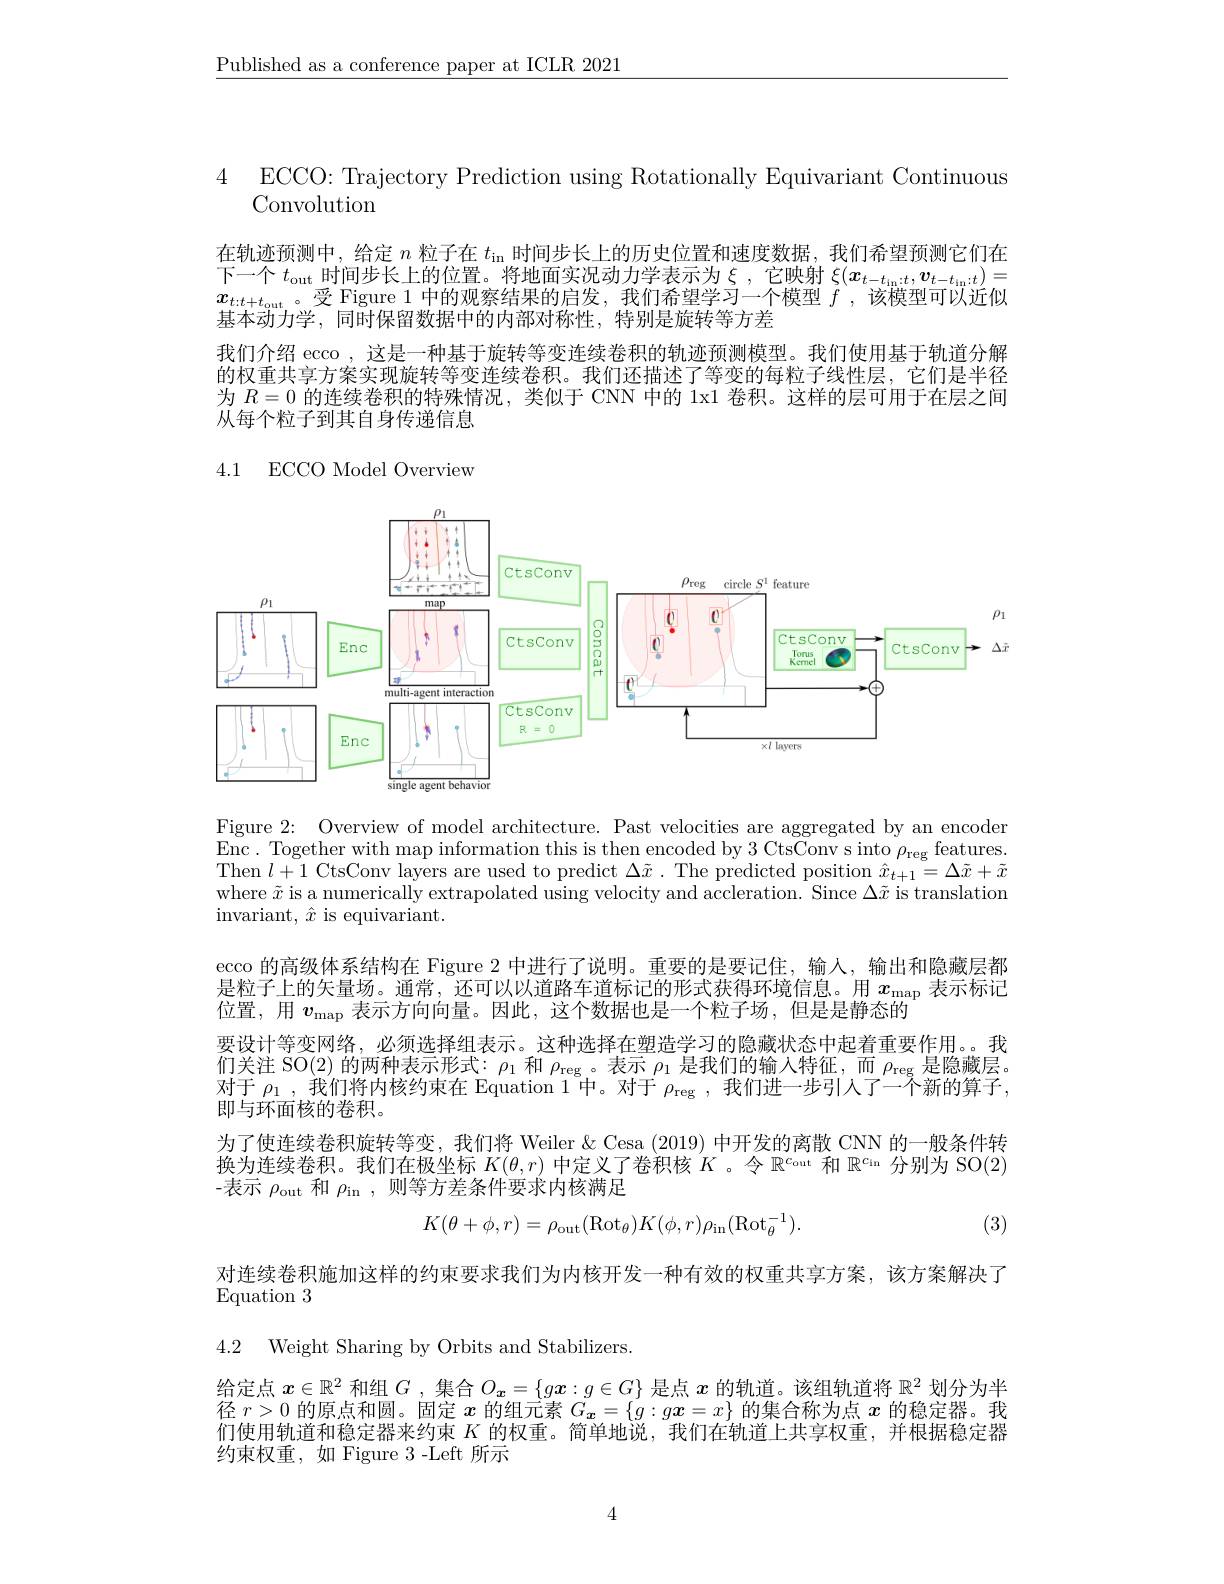
$\underline{\text{Published as a conference paper at ICLR 2021}}$

4 ECCO: Trajectory Prediction using Rotationally Equivariant Continuous
Convolution

在轨迹预测中，给定$n$粒子在$t_\mathrm{in}$时间步长上的历史位置和速度数据，我们希望预测它们在下一个$t_\mathrm{out}$时间步长上的位置。将地面实况动力学表示为$\xi$,它映射$\xi(x_t-t_\mathrm{in:t};\boldsymbol{v}_{t-t_\mathrm{in:t}})=$ $x_{t:t+t_\mathrm{out}}$。受 Figure 1 中的观察结果的启发，我们希望学习一个模型$f$,该模型可以近似基本动力学，同时保留数据中的内部对称性，特别是旋转等方差

我们介绍 ecco , 这是一种基于旋转等变连续卷积的轨迹预测模型。我们使用基于轨道分解的权重共享方案实现旋转等变连续卷积。我们还描述了等变的每粒子线性层，它们是半径为$R=0$的连续卷积的特殊情况，类似于 CNN 中的 1x1 卷积。这样的层可用于在层之间从每个粒子到其自身传递信息

4.1 ECCO Model Overview
<FigureHere>

Figure 2: Overview of model architecture. Past velocities are aggregated by an encoder Enc. Together with map information this is then encoded by 3 CtsConv s into $\rho_\mathrm{reg}$ features. Then $l+1$ CtsConv layers are used to predict $\Delta\tilde{x}.$ The predicted position $\hat{x}_{t+1}=\Delta\tilde{x}+\tilde{x}$ where $\tilde{x}$ is a numerically extrapolated using velocity and accleration. Since $\Delta\tilde{x}$ is translation invariant, $\hat{x}$ is equivariant.

ecco 的高级体系结构在 Figure 2中进行了说明。重要的是要记住，输入，输出和隐藏层都是粒子上的矢量场。通常，还可以以道路车道标记的形式获得环境信息。用$x_\mathrm{map}$表示标记位置，用$v_\mathrm{map}$表示方向向量。因此，这个数据也是一个粒子场，但是是静态的
要设计等变网络，必须选择组表示。这种选择在塑造学习的隐藏状态中起着重要作用。。我们关注 SO(2) 的两种表示形式：$\rho_1$和$\rho_{\mathrm{reg}}$。表示$\rho_1$是我们的输入特征，而$\rho_\mathrm{reg}$是隐藏层。对于$\rho_1$ ,我们将内核约束在 Equation 1 中。对于$\rho_\mathrm{reg}$ ,我们进一步引人了一个新的算子， 即与环面核的卷积。
为了使连续卷积旋转等变，我们将 Weiler & Cesa (2019) 中开发的离散 CNN 的一般条件转换为连续卷积。我们在极坐标$K(\theta,r)$中定义了卷积核$K$ 。令$\mathbb{R}^c_\mathrm{out}$和$\mathbb{R}^c_\mathrm{in}$分别为 SO(2) -表示$\rho_\mathrm{out}$和$\rho_\mathrm{in}$,则等方差条件要求内核满足
$$K(\theta+\phi,r)=\rho_{\mathrm{out}}(\mathrm{Rot}_{\theta})K(\phi,r)\rho_{\mathrm{in}}(\mathrm{Rot}_{\theta}^{-1}).$$
(3)

对连续卷积施加这样的约束要求我们为内核开发一种有效的权重共享方案，该方案解决了
$\operatorname{Equation}3$

4.2 Weight Sharing by Orbits and Stabilizers.

给定点$x\in\mathbb{R}^2$和组$G$ ,集合$O_x=\{gx:g\in G\}$是点$x$的轨道。该组轨道将$\mathbb{R}^2$划分为半径$r>0$的原点和圆。固定$x$的组元素$G_{\boldsymbol{x}}=\{g:g\boldsymbol{x}=x\}$的集合称为点$x$的稳定器。我们使用轨道和稳定器来约束$K$的权重。简单地说，我们在轨道上共享权重，并根据稳定器约束权重，如 Figure 3-Left 所示

4